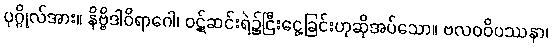
ပုဂ္ဂိုလ်အား။ နိဗ္ဗိဒါဝိရာဂေါ၊ ဝဋ်ဆင်းရဲ၌ငြီးငွေ့ခြင်းဟုဆိုအပ်သော။ ဗလဝဝိပဿနာ၊